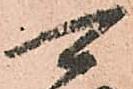
可